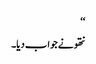
‘‘
نتھو نے جواب دیا۔